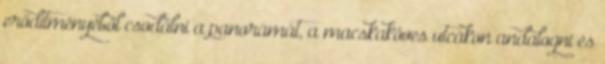
erődítményéből csodálni a panorámát, a macskaköves utcákon andalogni és